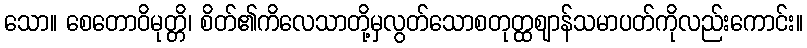
သော။ စေတောဝိမုတ္တိ၊ စိတ်၏ကိလေသာတို့မှလွတ်သောစတုတ္ထဈာန်သမာပတ်ကိုလည်းကောင်း။